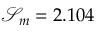
\mathcal { S } _ { m } = 2 . 1 0 4